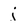
Character: j